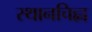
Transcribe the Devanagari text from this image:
स्थानचिह्न